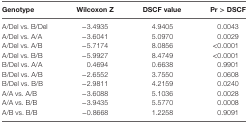
| Genotype | Wilcoxon Z | DSCF value | Pr > DSCF |
 | --- | --- | --- | --- |
 | A/Del vs. B/Del | −3.4935 | 4.9405 | 0.0043 |
 | A/Del vs. A/A | −3.6041 | 5.0970 | 0.0029 |
 | A/Del vs. A/B | −5.7174 | 8.0856 | <0.0001 |
 | A/Del vs. B/B | −5.9927 | 8.4749 | <0.0001 |
 | B/Del vs. A/A | 0.4694 | 0.6638 | 0.9901 |
 | B/Del vs. A/B | −2.6552 | 3.7550 | 0.0608 |
 | B/Del vs. B/B | −2.9811 | 4.2159 | 0.0240 |
 | A/A vs. A/B | −3.6088 | 5.1036 | 0.0028 |
 | A/A vs. B/B | −3.9435 | 5.5770 | 0.0008 |
 | A/B vs. B/B | −0.8668 | 1.2258 | 0.9091 |